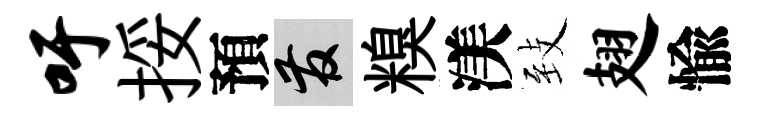
吁挼預發糗渼𦤺翅愉